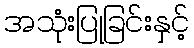
အသုံးပြုခြင်းနှင့်